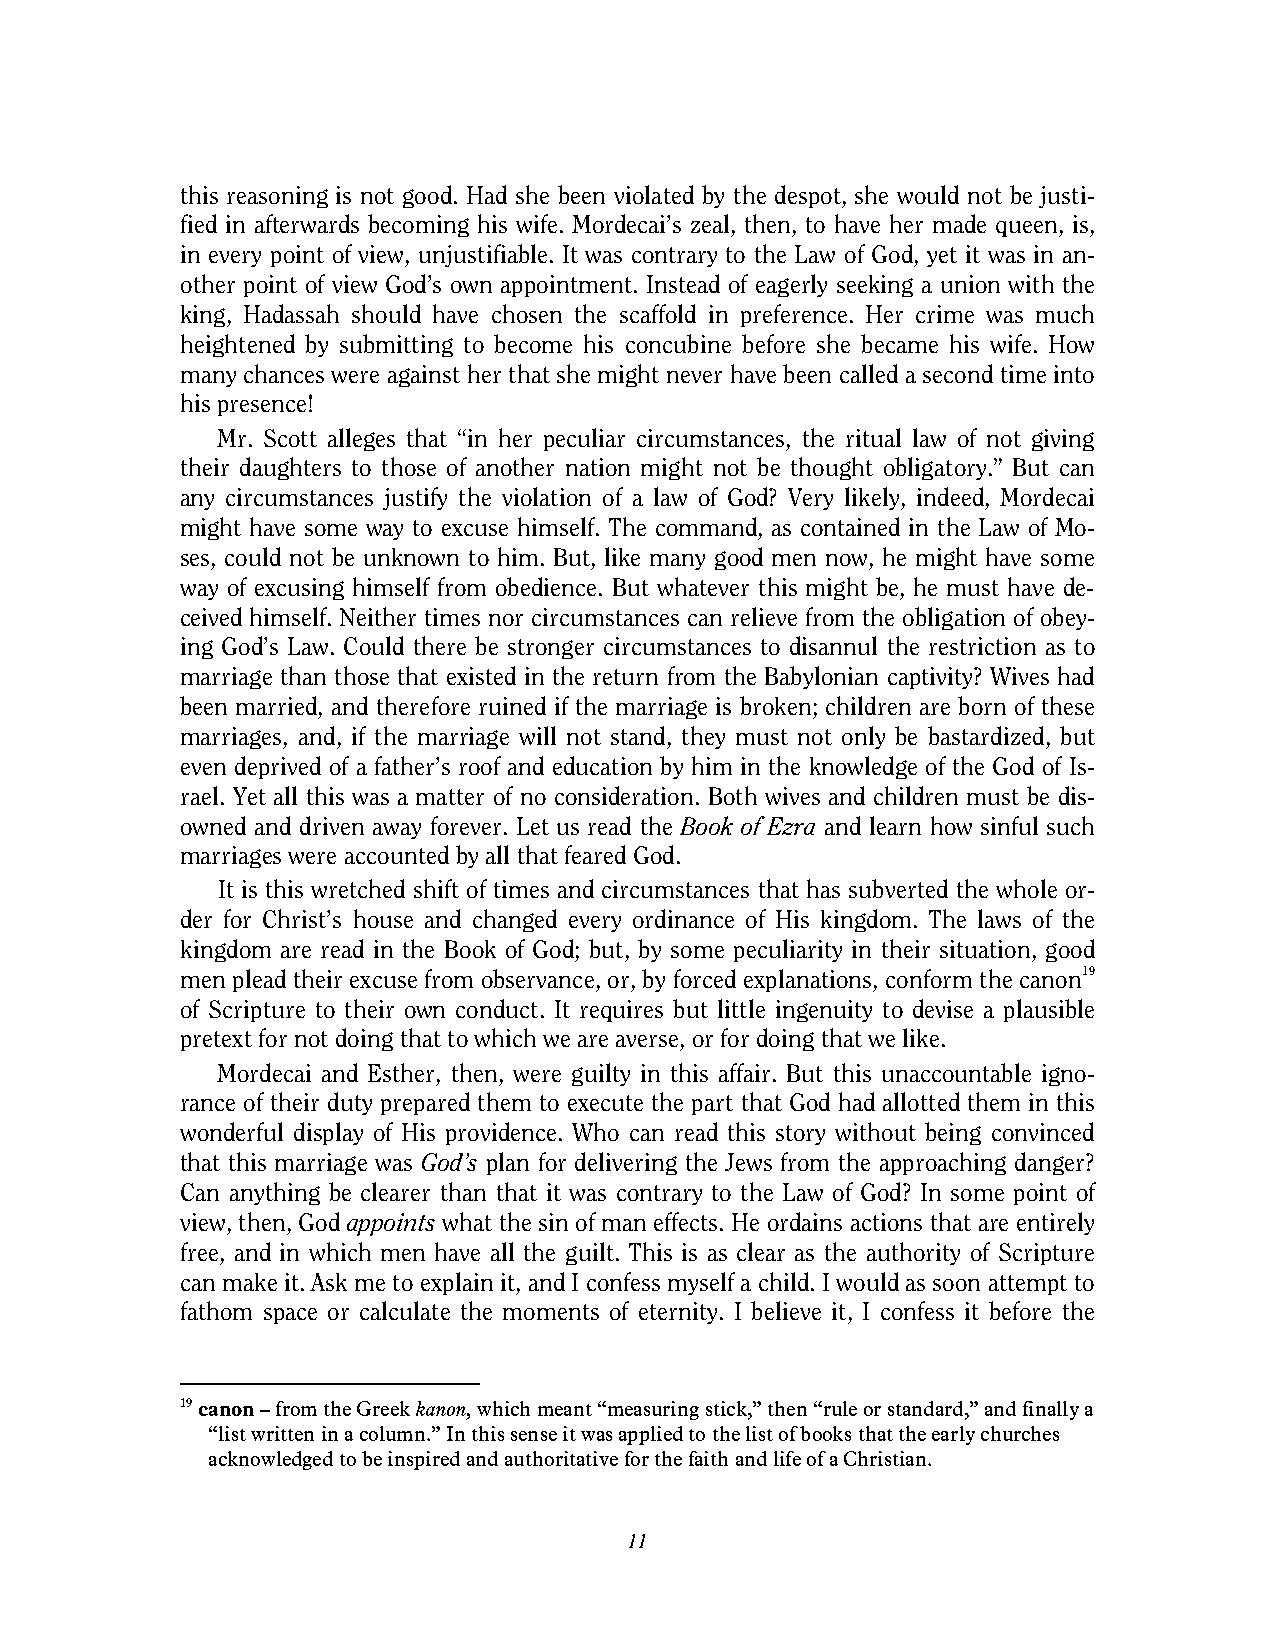
this reasoning is not good. Had she been violated by the despot, she would not be justi-
 fied in afterwards becoming his wife. Mordecai’s zeal, then, to have her made queen, is,
 in every point of view, unjustifiable. It was contrary to the Law of God, yet it was in an-
 other point of view God’s own appointment. Instead of eagerly seeking a union with the
 king, Hadassah should have chosen the scaffold in preference. Her crime was much
 heightened by submitting to become his concubine before she became his wife. How
 many chances were against her that she might never have been called a second time into
 his presence!
 Mr. Scott alleges that “in her peculiar circumstances, the ritual law of not giving
 their daughters to those of another nation might not be thought obligatory.” But can
 any circumstances justify the violation of a law of God? Very likely, indeed, Mordecai
 might have some way to excuse himself. The command, as contained in the Law of Mo-
 ses, could not be unknown to him. But, like many good men now, he might have some
 way of excusing himself from obedience. But whatever this might be, he must have de-
 ceived himself. Neither times nor circumstances can relieve from the obligation of obey-
 ing God’s Law. Could there be stronger circumstances to disannul the restriction as to
 marriage than those that existed in the return from the Babylonian captivity? Wives had
 been married, and therefore ruined if the marriage is broken; children are born of these
 marriages, and, if the marriage will not stand, they must not only be bastardized, but
 even deprived of a father’s roof and education by him in the knowledge of the God of Is-
 rael. Yet all this was a matter of no consideration. Both wives and children must be dis-
 owned and driven away forever. Let us read the Book of Ezra and learn how sinful such
 marriages were accounted by all that feared God.
 It is this wretched shift of times and circumstances that has subverted the whole or-
 der for Christ’s house and changed every ordinance of His kingdom. The laws of the
 kingdom are read in the Book of God; but, by some peculiarity in their situation, good
 men plead their excuse from observance, or, by forced explanations, conform the canon19
 of Scripture to their own conduct. It requires but little ingenuity to devise a plausible
 pretext for not doing that to which we are averse, or for doing that we like.
 Mordecai and Esther, then, were guilty in this affair. But this unaccountable igno-
 rance of their duty prepared them to execute the part that God had allotted them in this
 wonderful display of His providence. Who can read this story without being convinced
 that this marriage was God’s plan for delivering the Jews from the approaching danger?
 Can anything be clearer than that it was contrary to the Law of God? In some point of
 view, then, God appoints what the sin of man effects. He ordains actions that are entirely
 free, and in which men have all the guilt. This is as clear as the authority of Scripture
 can make it. Ask me to explain it, and I confess myself a child. I would as soon attempt to
 fathom space or calculate the moments of eternity. I believe it, I confess it before the
 19 canon – from the Greek kanon, which meant “measuring stick,” then “rule or standard,” and finally a
 “list written in a column.” In this sense it was applied to the list of books that the early churches
 acknowledged to be inspired and authoritative for the faith and life of a Christian.
 11